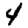
Digit: 4